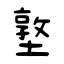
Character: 墪